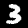
Digit: 3